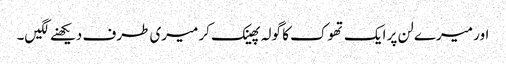
اور میرے لن پر ایک تھوک کا گولہ پھینک کر میری طرف دیکھنے لگیں۔